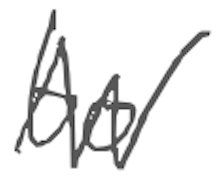
Text: to
Cross-out: mix
Writing tool: digital_gray